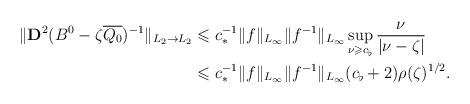
LaTeX: \begin{align*}\Vert {\mathbf D}^2 (B^0-\zeta \overline{Q_0})^{-1}\Vert _{L_2\rightarrow L_2}&\leqslant c_*^{-1} \|f\|_{L_\infty} \|f^{-1}\|_{L_\infty} \sup \limits _{\nu \geqslant c_\flat} \frac{\nu}{\vert \nu -\zeta \vert }\\&\leqslant c_*^{-1} \|f\|_{L_\infty} \|f^{-1}\|_{L_\infty} ( c_\flat +2) \rho(\zeta)^{1/2}.\end{align*}